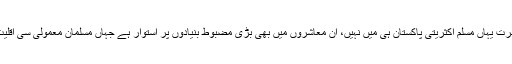
مسلم معاشرت یہاں مسلم اکثریتی پاکستان ہی میں نہیں، ان معاشروں میں بھی بڑی مضبوط بنیادوں پر استوار ہے جہاں مسلمان معمولی سی اقلیت میں ہیں۔